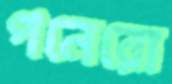
পনেরো